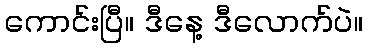
ကောင်းပြီ။ ဒီနေ့ ဒီလောက်ပဲ။